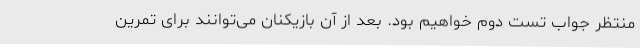
منتظر جواب تست دوم خواهیم بود. بعد از آن بازیکنان می‌توانند برای تمرین